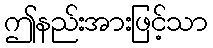
ဤနည်းအားဖြင့်သာ